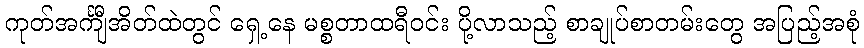
ကုတ်အင်္ကျီအိတ်ထဲတွင် ရှေ့နေ မစ္စတာထရီဝင်း ပို့လာသည့် စာချုပ်စာတမ်းတွေ အပြည့်အစုံ